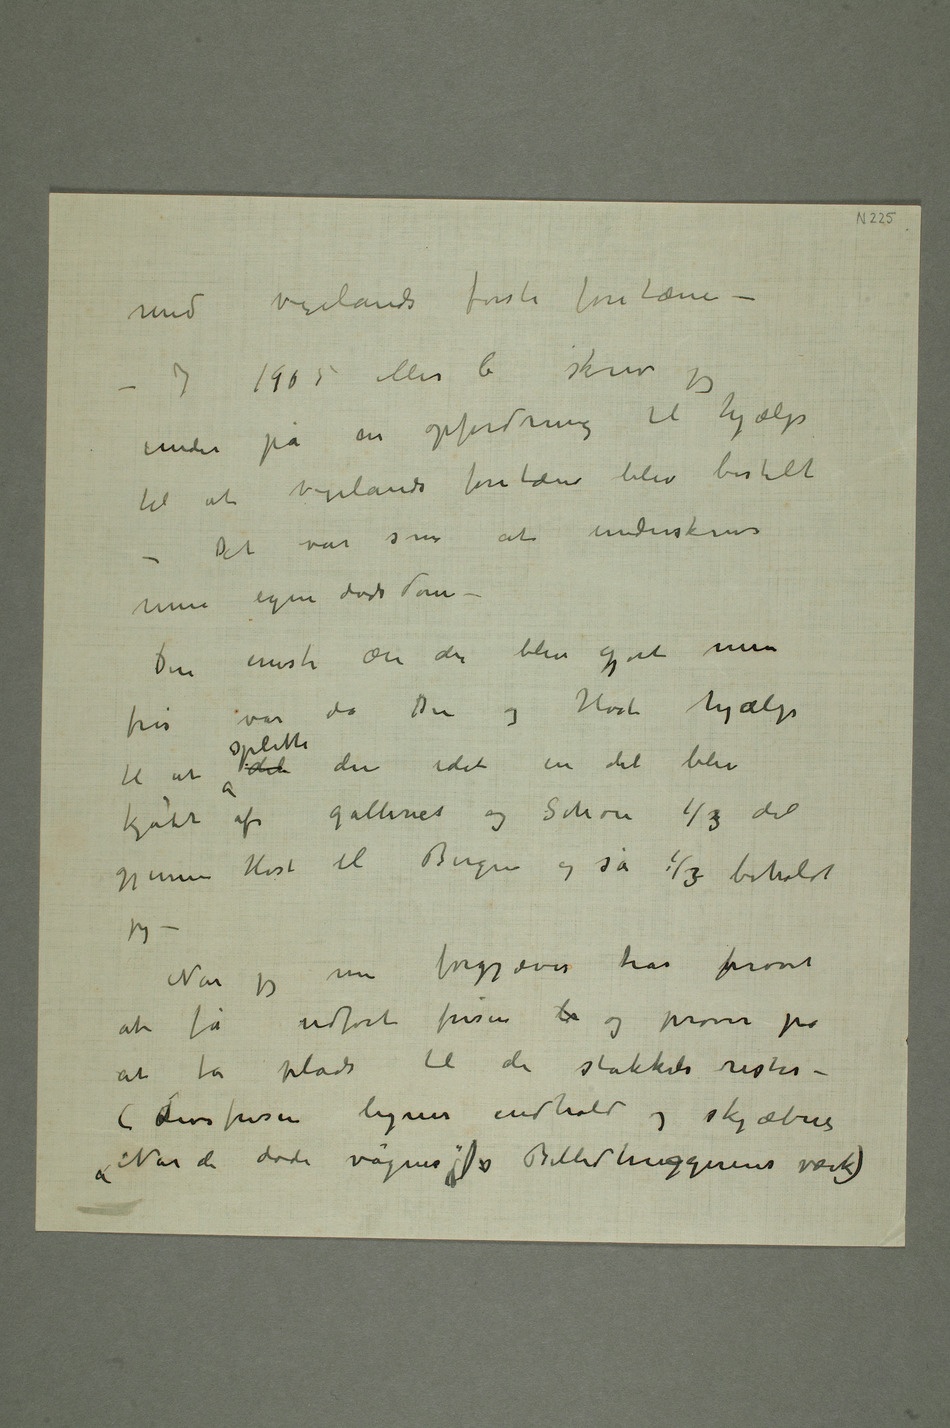
med Vigelands første fontæne –
– I 1905 eller 6 skrev jeg
under på en opfordring til hjælp
til at Vigelands fontæne blev bestilt –
Det var som at underskrive
min egen dødsdom –
Den eneste ære der blev gjort min
fris var da Du og Høst hjalp
til at dele splitte den idet en del blev
gjennem Høst til Bergen og så ⅓ beholdt
jeg –
Når jeg nu forgjæves har prøvet
at få utført frisen  og prøver på
at få plads til de stakkels rester –
(Livsfrisen ligner indhold og skjæbne
«Når de døde vågner»  Billedhuggerens værk)